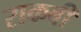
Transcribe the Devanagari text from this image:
राकबी